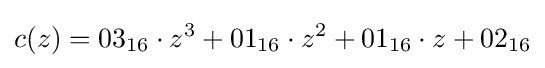
c(z)={03}_{16}\cdot z^{3}+{01}_{16}\cdot z^{2}+{01}_{16}\cdot z+{02}_{16}